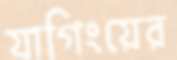
যাগিংয়ের